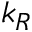
k _ { R }